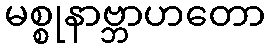
မစ္စုနာဗ္ဘာဟတော